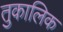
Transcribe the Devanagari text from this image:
तुकालिक